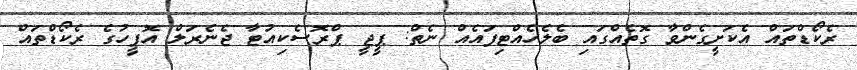
ރެކޯޑްތައް އެކަށީގެންވާ ގޮތެއްގައި ބެލެހެއްޓިފައެއް ނެތް: ޕީޖީ ޕްރޮސެކިއުޓާ ޖެނެރަލް އޮފީހުގެ ރެކޯޑްތައް